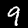
Label: 9